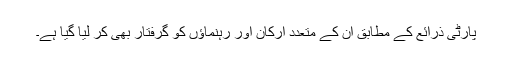
پارٹی ذرائع کے مطابق ان کے متعدد ارکان اور رہنماؤں کو گرفتار بھی کر لیا گیا ہے۔